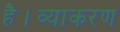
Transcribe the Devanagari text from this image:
है।व्याकरण